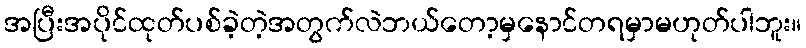
အပြီးအပိုင်ထုတ်ပစ်ခဲ့တဲ့အတွက်လဲဘယ်တော့မှနောင်တရမှာမဟုတ်ပါဘူး။